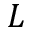
L